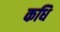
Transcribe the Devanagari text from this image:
कधि